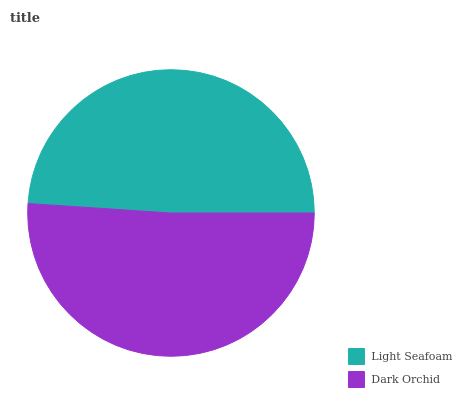
| Light Seafoam | Dark Orchid |
 | --- | --- |
 | 49% | 51% |